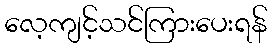
လေ့ကျင့်သင်ကြားပေးရန်